Report of the King Institute of Preventive Medicine, Guindy
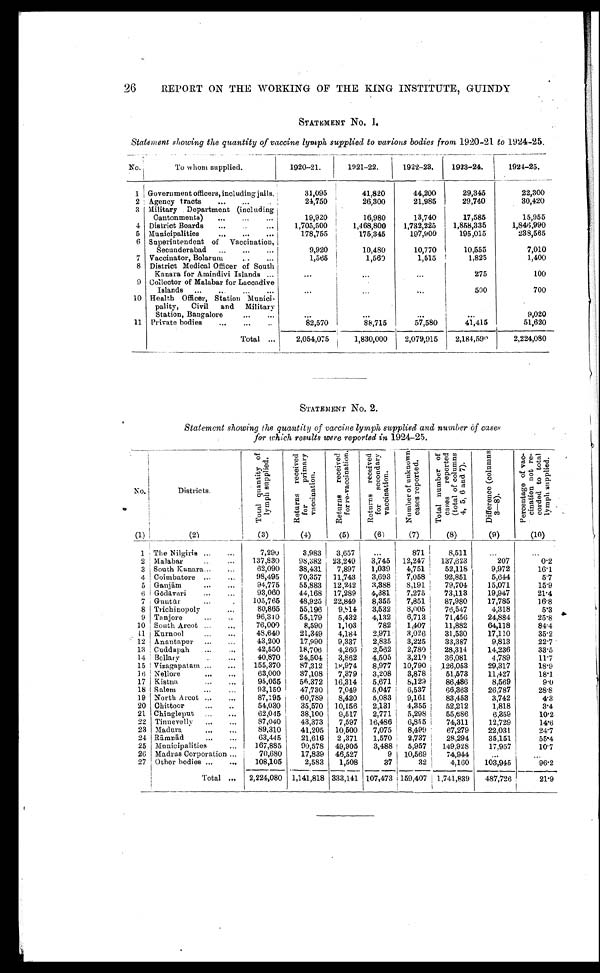
26
REPORT ON THE WORKING OF THE KING INSTITUTE, GUINDY
STATEMENT No. 1.
Statement showing the quantity of vaccine lymph, supplied to various bodies from 1920-21 to 1924-25.
No.
To whom supplied.
1920-21.
1921-22.
1922-23.
1923-24.
1924-25.
1
Government officers, including jails.
31,095
41,820
44,200
29,345
22,300
2
Agency tracts . . .
24,750
26,300
21,985
29,740
30,420
3 Military Department (including
Cantonments) . . .
19,920
16,980
13,740
17,585
15,955
4
District Boards . . .
1,705,500
1,468,800
1,732,225
1,858,335
1,846,990
5
Municipalities . . .
178,755
175,345
197,900
195,015
238,565
6
Superintendent of
Vaccination,
Secunderabad . . .
9,920
10,480
10,770
10,555
7,010
7
Vaccinator, Bolarum . . .
1,565
1,560
1,515
1,825
1,400
8
District Medical Officer of South
Kanara for Amindivi Islands . . .
. . .
. . .
. . .
275
100
9
Collector of Malabar for Laccadive
Islands . . .
. . .
. . .
. . .
500
700
10 Health Officer, Station Munici
-pality, Civil and
Military
Station, Bangalore . . .
. . .
. . .
. . .
. . .
9,020
11
Private bodies . . .
82,570
88,715
57,580
41,415
51,620
Total . . .
2,054,075
1,830,000
2,079,915
2,184,590
2,224,080
STATEMENT NO. 2.
Statement showing the quantity of vaccine lymph supplied and number of cases
for which results were reported in 1924-25.
No.
Districts.
T o t a l q u a n t i t y o f l y m p h s u p p l i e d .
R e t u r n s r e c e i v e d f o r p r i m a r y v a c c i n a t i o n .
R e t u r n s r e c e i v e d f o r r e - v a c c i n a t i o n .
Re t u r n s r e c e i v e d f o r s e c o n d a r y v a c c i n a t i o n.
N u m b e r o f u n k n o w n c a s e s r e p o r t e d .
T o t a l n u m b e r o f c a s e s r e p o r t e d ( t o t a l o f c o l u m n s 4 , 5 , 6 a n d 7 ) .
D i f f e r e n c e ( c o l u m n s 3 — 8 ) .
Per cent age of vac- ci nat i on not r e- cor ded t o t ot al l ymph suppl i ed .
(1)
(2)
(3)
(4)
(5)
(6)
(7)
(8)
(9)
(10)
1 T h e N i l g i r i s . . .
7,290
3,983
3,657
. . .
871
8,511
. . .
. . .
2
137,830
98,382
23,249
3,745
12,247
137,623
207
0.2
Malabar . . .
3
South Kanara . . .
62,090
38,431
7,897
1,039
4,751
52,118
9,972
16.1
4
Coimbatore . . .
98,495
70,357
11,743
3,693
7,058
92,851
5,644
5.7
5
Ganjā m . . .
94,775
55,883
12,242
3,388
8,191
79,704
15,071
15.9
6
Gō dā vari . . .
93,060
44,168
17,289
4,381
7,275
73,113
19,947
21.4
7
Guntū r . . .
105,765
48,925
22,849
8,355
7,851
87,980
17,785
16.8
8
Trichinopoly . . .
80,865
55,196
9,814
3,532
8,005
76,547
4,318
5.3
9
Tanjore . . .
96,310
55,179
5,432
4,132
6,713
71,456
24,884
25.8
10
South Arcot . . .
76,000
8,590
1,103
782
1,407
11,882
64,118
84.4
11
Kurnool . . .
48,640
21,349
4,184
2,971
3,026
31,530
17,110
35.2
12
Anantapur . . .
43,200
17,990
9,337
2,835
3,225
33,387
9,813
22.7
13
Cuddapah . . .
42,550
18,706
4,266
2,562
2,780
28,314
14,236
33.5
14
Bellary . . .
40,870
24,504
3,862
4,505
3,210
36,081
4,789
11.7
15
Vizagapatam . . .
155,370
87,312
18,974
8,977
10,790
126,053
29,317
18.9
16
Nellore . . .
63,000
37,108
7,379
3,208
3,878
51,573
11,427
18.1
17
Kistna . . .
95,055
56,372
16,314
5,671
8,129
86,486
8,569
9.0
18
Salem . . .
93,150
47,730
7,049
5,047
6,537
66,363
26,787
28.8
19
North Arcot . . .
87,195
60,789
8,420
5,083
9,161
83,453
3,742
4.3
20
Chittoor . . .
54,030
35,570
10,156
2,131
4,355
52,212
1,818
3.4
21
Chingleput . . .
62,045
38,100
9,517
2,771
5,298
55,686
6,359
10.2
22
Tinnevelly . . .
87,040
43,373
7,597
16,486
6,855
74,311
12,729
14.6
23
Madura . . .
89,310
41,205
10,500
7,075
8,499
67,279
22,031
24.7
24. Rā mnā d . . .
63,445
21,616
2 ,371
1,570
2,737
28,294
35,151
55.4
25
Municipalities . . .
167,885
90,578
49,905
3,488
5,957
149,928
17,957
10.7
26
Madras Corporation . . .
70,680
17,839
46,527
9
10,569
74,944
. . .
. . .
27
Other bodies . . .
108,105
2,583
1,508
37
32
4,160
103,945
96.2
Total
. . .
2,224,080
1,141,818 333,141 107,473 159,407
1,741,839
487,726
21.9